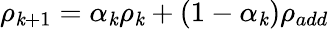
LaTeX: \rho_{\mathit{k}+1}=\alpha_{\mathit{k}}\rho_{\mathit{k}}+(1-\alpha_{\mathit{k}})\rho_{add}